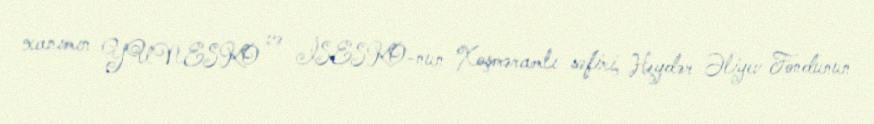
xanımın YUNESKO və İSESKO-nun Xoşməramlı səfiri, Heydər Əliyev Fondunun